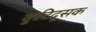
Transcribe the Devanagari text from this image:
कुटिदूसक